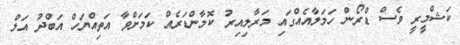
ކަޝްމީރީ ވެސް ޑްރޯން ހަމަލާއެއްގައި މަރާލިއިރު ކޮމާންޑަރެއް ކަމަށްވާ އަތިއްޔަހް އަބްދު އަލް